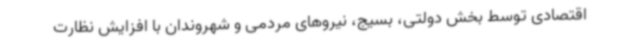
اقتصادی توسط بخش دولتی، بسیج، نیروهای مردمی و شهروندان با افزایش نظارت